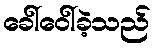
ခေါ်ဝေါ်ခဲ့သည်